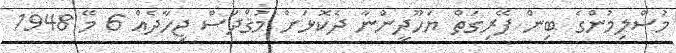
މުސްލިމުންގެ ބިން ފޭރިގަތް ޔަހޫދީންނާ ދެކޮޅަށް މުޤްދަސް ޖިހާދެއް 6 މޭ 1948